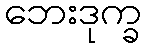
ဘေးဒုက္ခ